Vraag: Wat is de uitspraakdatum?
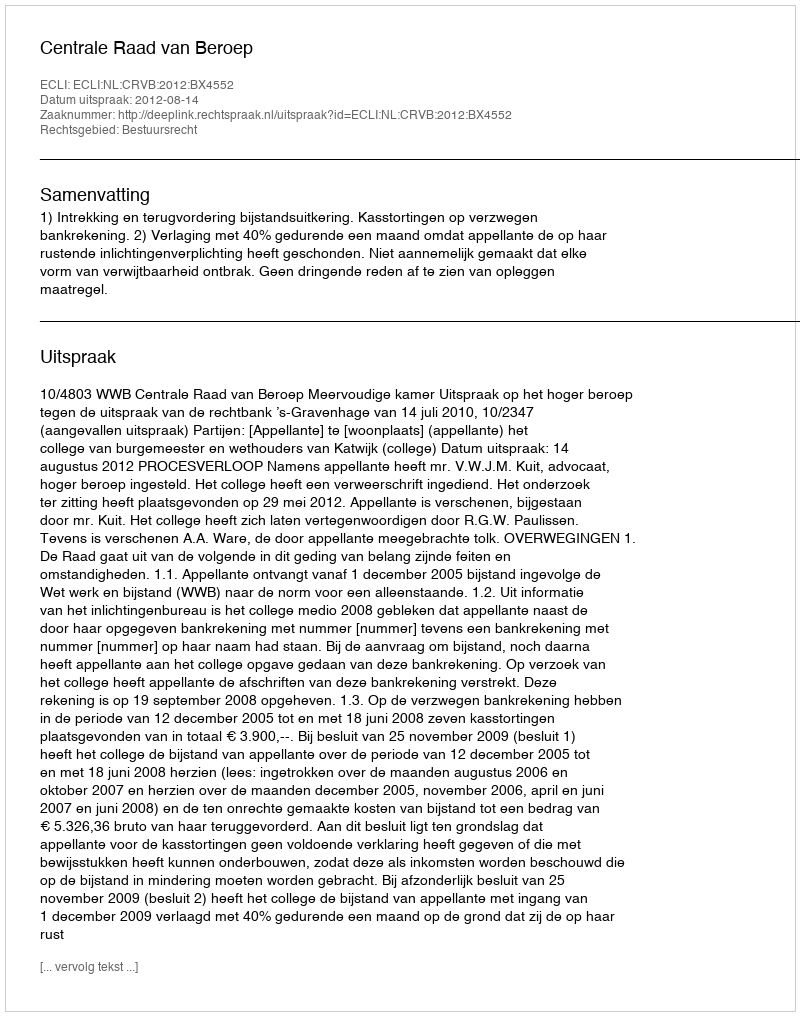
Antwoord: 2012-08-14